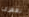
تقفزي